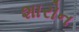
શારોન